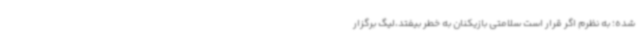
شده؛ به نظرم اگر قرار است سلامتی بازیکنان به خطر بیفتد،لیگ برگزار